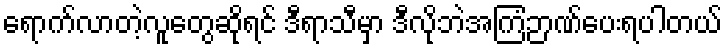
ရောက်လာတဲ့လူတွေဆိုရင် ဒီရာသီမှာ ဒီလိုဘဲအကြံဉာဏ်ပေးရပါတယ်